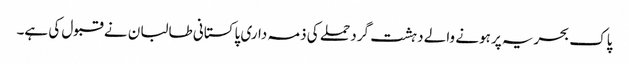
پاک بحریہ پر ہونے والے دہشت گرد حملے کی ذمہ داری پاکستانی طالبان نے قبول کی ہے۔